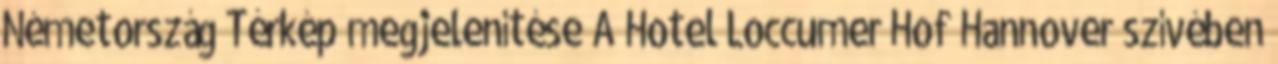
Németország Térkép megjelenítése A Hotel Loccumer Hof Hannover szívében